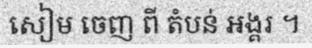
សៀម ចេញ ពី តំបន់ អង្គរ ។